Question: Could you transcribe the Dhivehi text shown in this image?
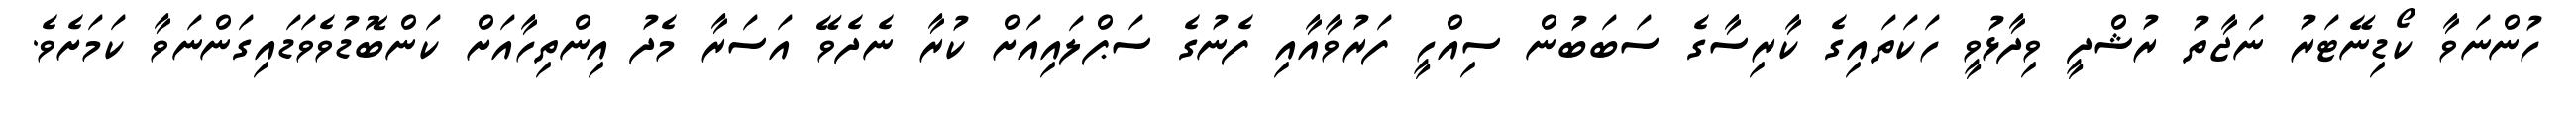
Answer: ހުންނަވާ ކޯޑިނޭޓަރު ނަޖާތު ރުޝްދީ ވިދާޅުވީ ހަކަތައިގެ ކާރިސާގެ ސަބަބުން ސިއްހީ ފަރުވާއާއި ފެނުގެ ސަޕްލައިއަށް ކުރާ ނެދެވޭ އަސަރާ މެދު އިންތިހާއަށް ކަންބޮޑުވެވަޑައިގަންނަވާ ކަމަށެވެ.